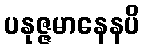
ပနုဇ္ဇမာနေနပိ